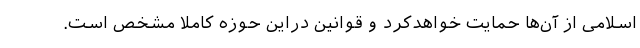
اسلامی از آن‌ها حمایت خواهدکرد و قوانین دراین حوزه کاملا مشخص است.